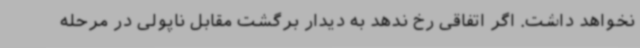
نخواهد داشت. اگر اتفاقی رخ ندهد به دیدار برگشت مقابل ناپولی در مرحله